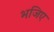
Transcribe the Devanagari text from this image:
भजिए